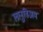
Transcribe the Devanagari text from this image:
लानुविअम